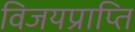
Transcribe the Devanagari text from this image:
विजयप्राप्ति